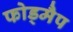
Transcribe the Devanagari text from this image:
फोड्मैप